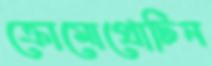
ক্রোমোপ্রোটিন